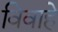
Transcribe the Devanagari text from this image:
विवाहे